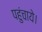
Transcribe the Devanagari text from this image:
पहुंचाये।